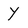
Character: Y